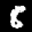
Label: 8